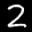
Label: 2